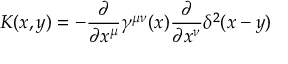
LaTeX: K ( x , y ) = - \frac { \partial } { \partial x ^ { \mu } } \gamma ^ { \mu \nu } ( x ) \frac { \partial } { \partial x ^ { \nu } } \delta ^ { 2 } ( x - y )